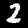
Label: 2